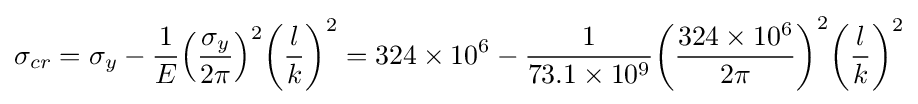
\sigma _{cr}=\sigma _{y}-{1 \over E}{\left({\frac {\sigma _{y}}{2\pi }}\right)}^{2}{\left({\frac {l}{k}}\right)}^{2}=324\times 10^{6}-{1 \over 73.1\times 10^{9}}{\left({\frac {324\times 10^{6}}{2\pi }}\right)}^{2}{\left({\frac {l}{k}}\right)}^{2}